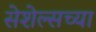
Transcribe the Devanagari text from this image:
सेशेल्सच्या